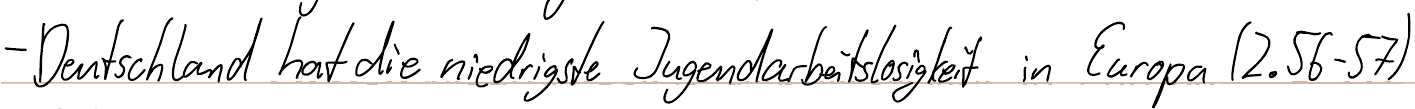
- Deutschland hat die niedrigste Jugendarbeitslosigkeit in Europa (Z.56-57)